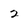
Character: 2